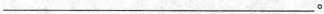
___。